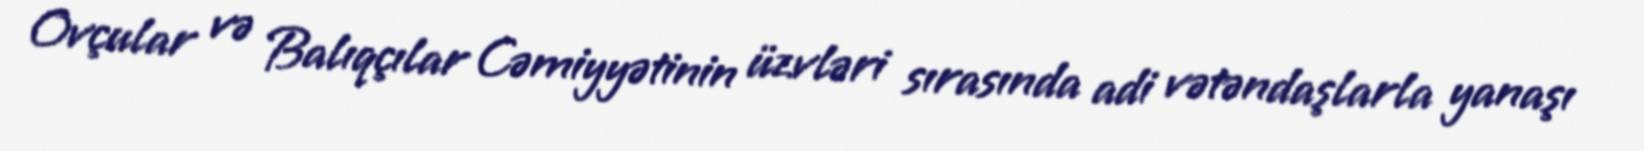
Ovçular və Balıqçılar Cəmiyyətinin üzvləri sırasında adi vətəndaşlarla yanaşı